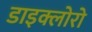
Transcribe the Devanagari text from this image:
डाइक्लोरो